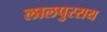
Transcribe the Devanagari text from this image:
लालपुरराय